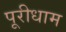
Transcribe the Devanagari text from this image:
पूरीधाम